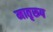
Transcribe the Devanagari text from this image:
मातृरूप